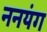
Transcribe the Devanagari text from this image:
ननयंग